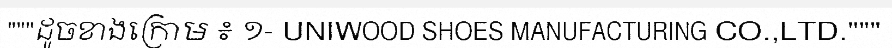
"""ដូចខាងក្រោម ៖ ១- UNIWOOD SHOES MANUFACTURING CO.,LTD."""